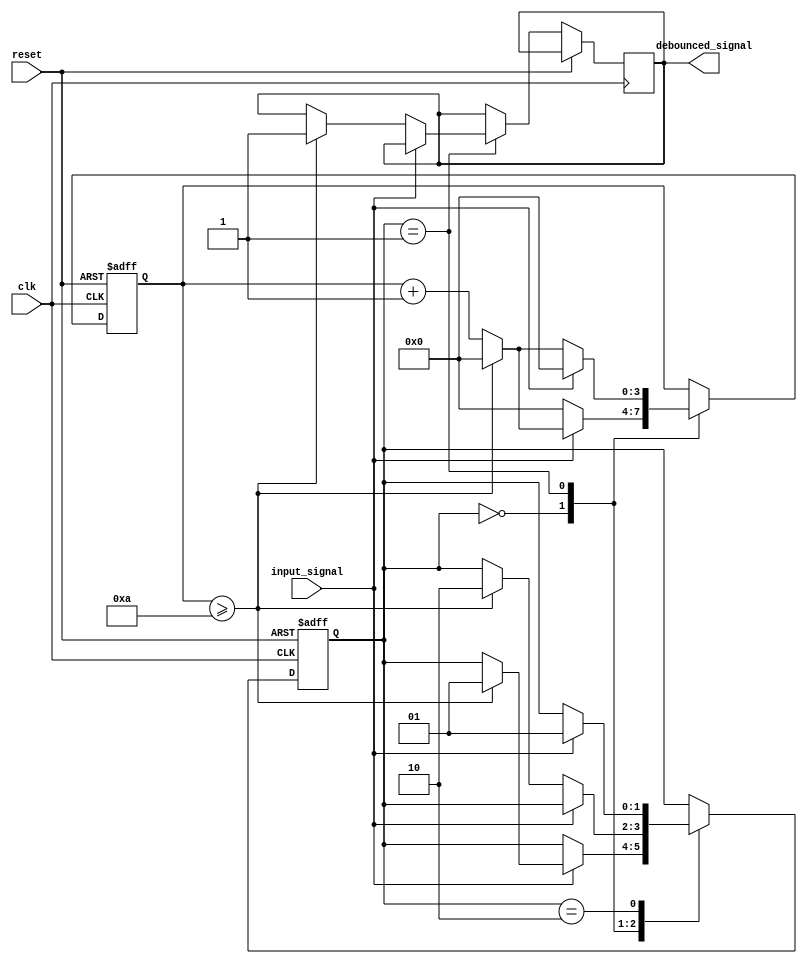
module debounce_circuit (
    input wire clk,
    input wire reset,
    input wire input_signal,
    output reg debounced_signal
);

parameter MAX_COUNT = 10; // Number of clock cycles to debounce

reg [1:0] state;
reg [3:0] count;

always @(posedge clk or posedge reset) begin
    if (reset) begin
        state <= 2'b00;
        count <= 4'b0000;
    end else begin
        case(state)
            2'b00: begin // Idle state
                if(input_signal) begin
                    count <= count + 1;
                    if(count >= MAX_COUNT) begin
                        state <= 2'b01;
                        count <= 4'b0000;
                    end
                end else begin
                    count <= 4'b0000;
                end
            end
            2'b01: begin // Debounce state
                if(!input_signal) begin
                    count <= count + 1;
                    if(count >= MAX_COUNT) begin
                        debounced_signal <= 1;
                        state <= 2'b10;
                        count <= 4'b0000;
                    end
                end else begin
                    count <= 4'b0000;
                end
            end
            2'b10: begin // Stable state
                if(input_signal) begin
                    state <= 2'b01;
                end
            end
        endcase
    end
end

endmodule